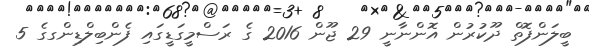
ބީލަންފޮތް ދޫކުރުން އޮންނާނީ 29 ޖޫން 2016 ގެ ރަސްމީގަޑީގައި ފެންބިލްޑިންގގެ 5